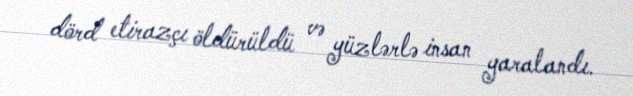
dörd etirazçı öldürüldü və yüzlərlə insan yaralandı.